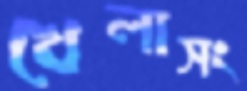
খেলাসং